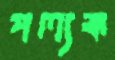
পল্যঙ্ক